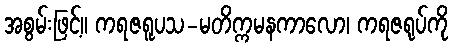
အစွမ်းဖြင့်။ ကရဇရူပသ-မတိက္ကမနကာလော၊ ကရဇရုပ်ကို